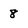
Character: 8